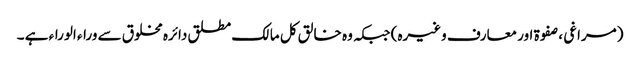
(مراغی ، صفوۃ اور معارف وغیرہ) جبکہ وہ خالق کل مالک مطلق دائرہ مخلوق سے وراء الوراء ہے ۔